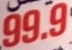
99.9